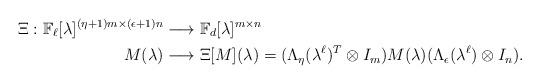
LaTeX: \begin{align*}\Xi:\mathbb{F}_{\ell}[\lambda]^{(\eta+1)m\times (\epsilon+1)n}&\longrightarrow \mathbb{F}_{d}[\lambda]^{m\times n}\\M(\lambda) &\longrightarrow \Xi[M](\lambda)=(\Lambda_\eta(\lambda^\ell)^T\otimes I_m)M(\lambda)(\Lambda_{\epsilon}(\lambda^\ell)\otimes I_n).\end{align*}